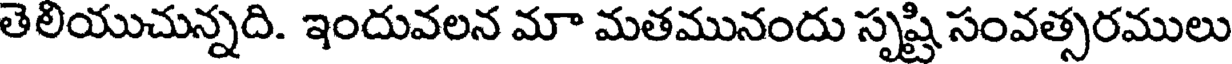
తెలియుచున్నది. ఇందువలన మా మతమునందు సృష్టి సంవత్సరములు